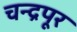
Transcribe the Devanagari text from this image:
चन्द्रपूर